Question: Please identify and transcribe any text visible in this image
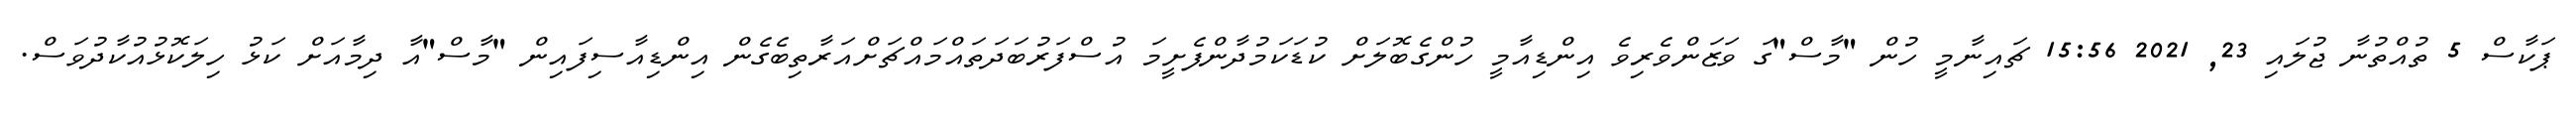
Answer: ޕަކާސް 5 ތުއްތުނާ ޖުލައި 23, 2021 15:56 ޗައިނާމީ ހުން "މާސް"ގަ ވަޒަންވެރިވެ އިންޑިއާމީ ހުންގެބޮލަށް ކުޑަކަމުދާންފެށީމަ އުސްފަރުބަދަތައްމައްޗަށްއަރާތިބެގެން އިންޑިއާސިފައިން "މާސް"އާ ދިމާއަށް ކަޅު ހިލަކޮޅުއުކާދުވަސް.